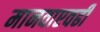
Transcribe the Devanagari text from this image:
मानवाएवढी